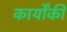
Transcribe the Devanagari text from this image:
कार्योंकी